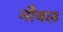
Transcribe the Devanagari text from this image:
नौबल